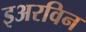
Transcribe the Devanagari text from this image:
इअरविन